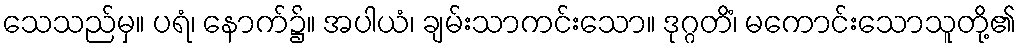
သေသည်မှ။ ပရံ၊ နောက်၌။ အပါယံ၊ ချမ်းသာကင်းသော။ ဒုဂ္ဂတိံ၊ မကောင်းသောသူတို့၏